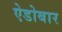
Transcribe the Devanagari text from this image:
ऐडोबार